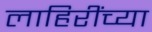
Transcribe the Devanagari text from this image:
लाहिरींच्या